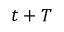
t + T